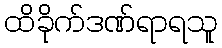
ထိခိုက်ဒဏ်ရာရသူ